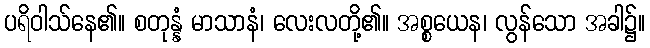
ပရိဝါသ်နေ၏။ စတုန္နံ မာသာနံ၊ လေးလတို့၏။ အစ္စယေန၊ လွန်သော အခါ၌။